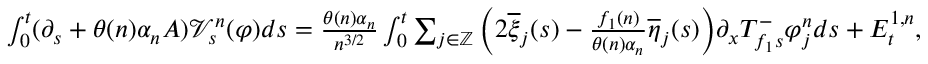
\begin{array} { r } { \int _ { 0 } ^ { t } ( \partial _ { s } + \theta ( n ) \alpha _ { n } A ) \mathcal { V } _ { s } ^ { n } ( \varphi ) d s = \frac { \theta ( n ) \alpha _ { n } } { n ^ { 3 / 2 } } \int _ { 0 } ^ { t } \sum _ { j \in \mathbb { Z } } \bigg ( 2 \overline { { \xi } } _ { j } ( s ) - \frac { f _ { 1 } ( n ) } { \theta ( n ) \alpha _ { n } } \overline { { \eta } } _ { j } ( s ) \bigg ) \partial _ { x } T _ { f _ { 1 } s } ^ { - } \varphi _ { j } ^ { n } d s + E _ { t } ^ { 1 , n } , } \end{array}